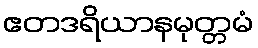
ဧတဒရိယာနမုတ္တမံ